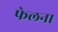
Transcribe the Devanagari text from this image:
फेलना